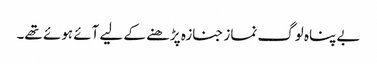
بے پناہ لوگ نماز جنازہ پڑھنے کے لیے آئے ہوئے تھے۔